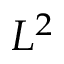
L ^ { 2 }